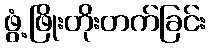
ဖွံ့ဖြိုးတိုးတက်ခြင်း